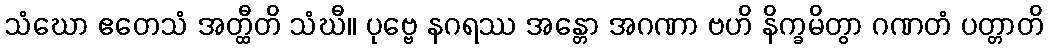
သံဃော ဧတေသံ အတ္ထီတိ သံဃီ။ ပုဗ္ဗေ နဂရဿ အန္တော အဂဏာ ဗဟိ နိက္ခမိတွာ ဂဏတံ ပတ္တာတိ